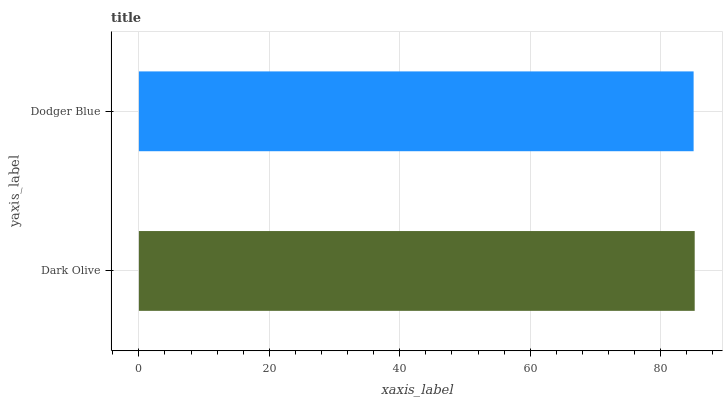
| yaxis_label | bars |
 | --- | --- |
 | Dark Olive | 85.2 |
 | Dodger Blue | 85.1 |